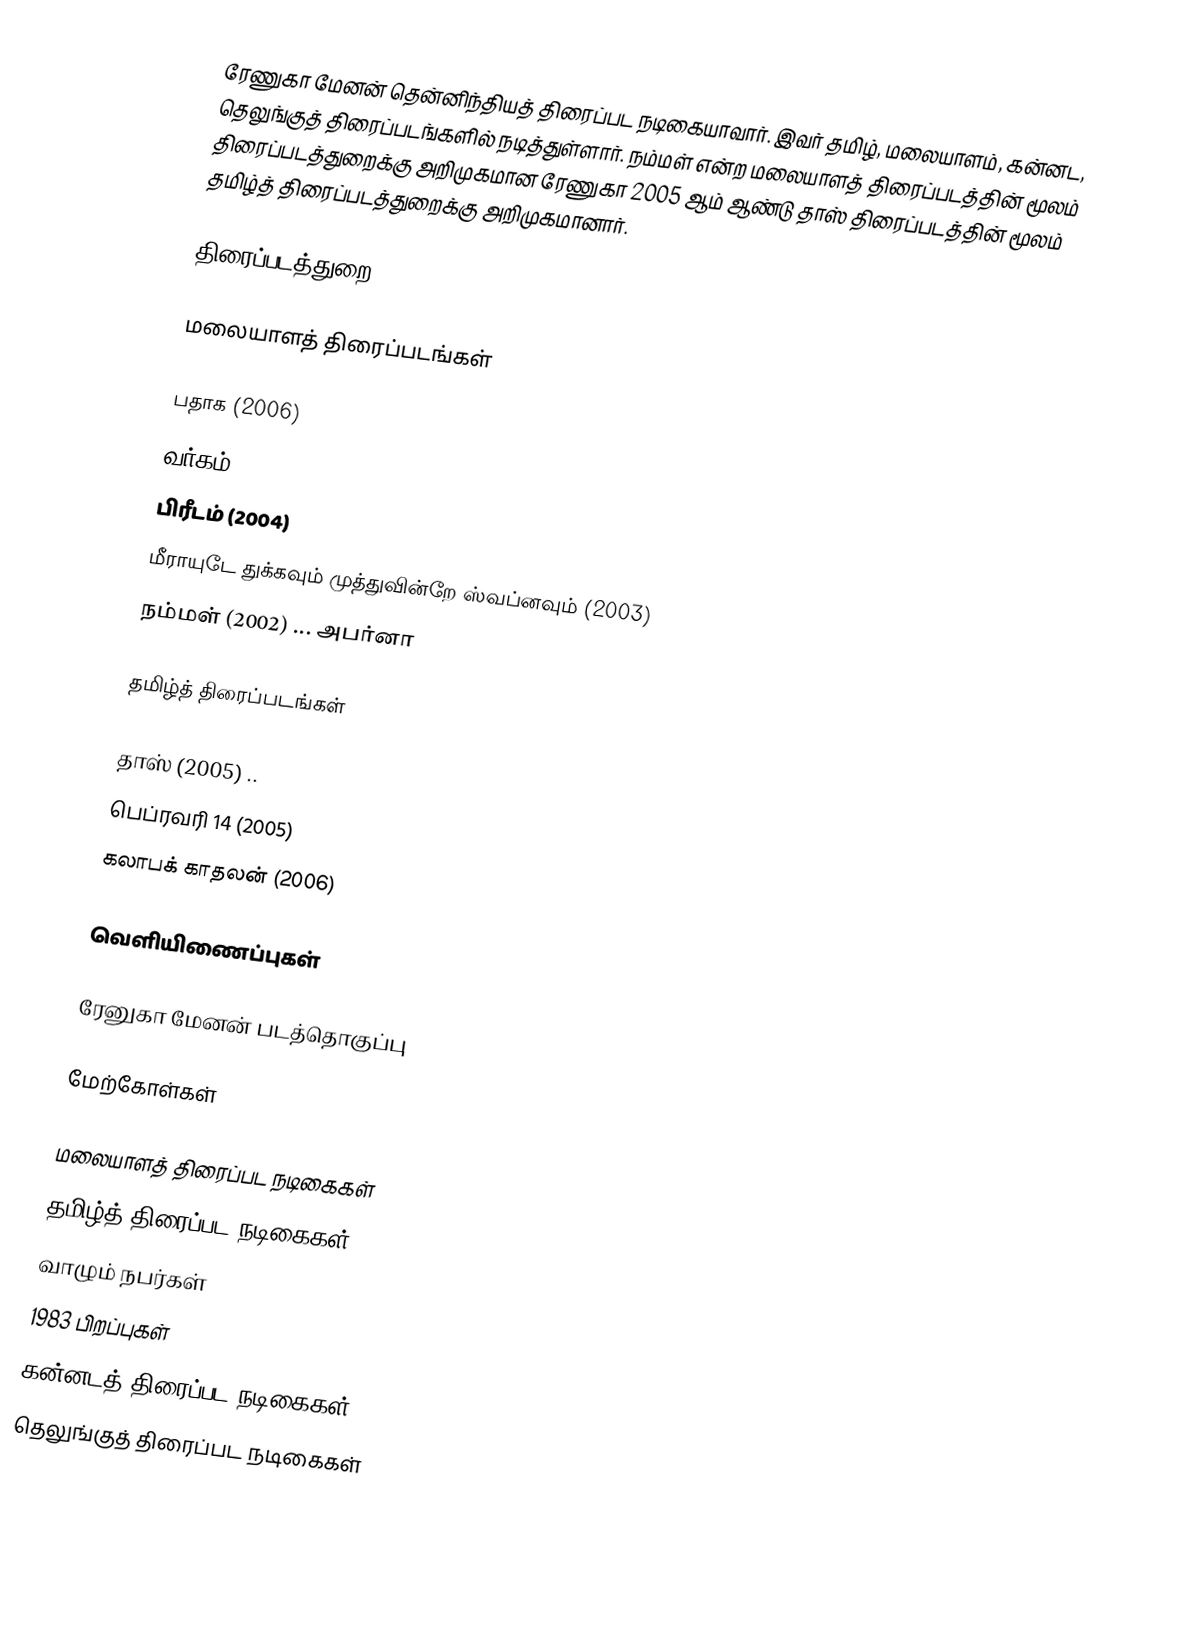
ரேணுகா மேனன் தென்னிந்தியத் திரைப்பட நடிகையாவார். இவர் தமிழ், மலையாளம், கன்னட, தெலுங்குத் திரைப்படங்களில் நடித்துள்ளார். நம்மள் என்ற மலையாளத் திரைப்படத்தின் மூலம் திரைப்படத்துறைக்கு அறிமுகமான ரேணுகா 2005 ஆம் ஆண்டு தாஸ் திரைப்படத்தின் மூலம் தமிழ்த் திரைப்படத்துறைக்கு அறிமுகமானார்.

திரைப்படத்துறை

மலையாளத் திரைப்படங்கள்

 பதாக (2006)
 வர்கம் (2006)
 பிரீடம் (2004)
 மீராயுடே துக்கவும் முத்துவின்றே ஸ்வப்னவும் (2003)
 நம்மள் (2002) ... அபர்னா

தமிழ்த் திரைப்படங்கள்

 தாஸ் (2005) ..
 பெப்ரவரி 14 (2005)
 கலாபக் காதலன் (2006)

வெளியிணைப்புகள்

 ரேனுகா மேனன் படத்தொகுப்பு

மேற்கோள்கள்

மலையாளத் திரைப்பட நடிகைகள்
தமிழ்த் திரைப்பட நடிகைகள்
வாழும் நபர்கள்
1983 பிறப்புகள்
கன்னடத் திரைப்பட நடிகைகள்
தெலுங்குத் திரைப்பட நடிகைகள்